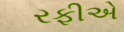
રફીએ